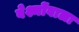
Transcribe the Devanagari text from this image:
वेश्मोंवाला